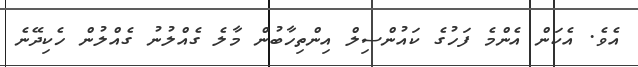
އެވެ. އެކަން އެންމެ ފަހުގެ ކައުންސިލް އިންތިހާބުން މާލެ ގެއްލުނު ގެއްލުން ހެކިދޭނެ